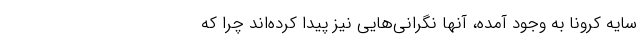
سایه کرونا به وجود آمده، آنها نگرانی‌هایی نیز پیدا کرده‌اند چرا که